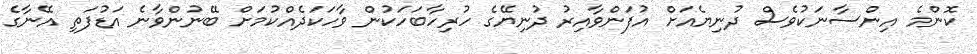
ކޮންމެ އިންސާނަކުވެސް ދުނިޔެއަށް އުފަންވާއިރު ދުނިޔޭގެ ހުރިހާބަހަކުން ވާހަކަދެއްކުމަށް ބޭނުންވާނެ އަޑުފަތި އޭނާގެ